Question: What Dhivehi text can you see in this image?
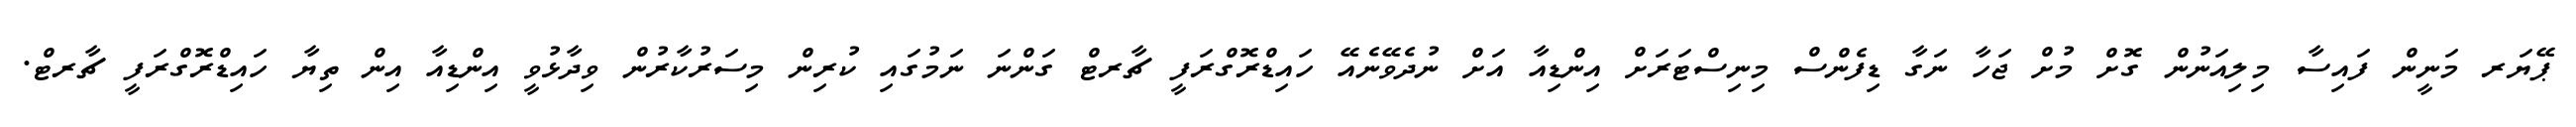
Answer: ޕޭޔަރ މަނީން ފައިސާ މިލިއަނުން ގޮށް މުށް ޖަހާ ނަގާ ޑިފެންސް މިނިސްޓަރަށް އިންޑިއާ އަށް ނުދެވޭނެއޭ ހައިޑްރޮގްރަފީ ޗާރޓް ގަންނަ ނަމުގައި ކުރިން މިސަރުކާރުން ވިދާޅުވީ އިންޑިއާ އިން ތިޔާ ހައިޑްރޮގްރަފީ ޗާރޓް.